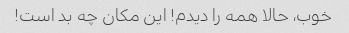
خوب، حالا همه را دیدم! این مکان چه بد است!